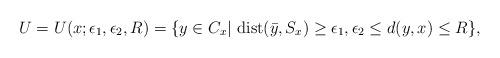
LaTeX: \begin{align*}U= U(x;\epsilon_1,\epsilon_2,R)=\{y\in C_x|~{\rm dist}(\bar{y},S_x)\geq \epsilon_1, \epsilon_2 \leq d(y,x)\leq R\}, \end{align*}